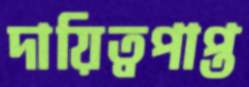
দায়িত্বপাপ্ত